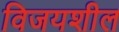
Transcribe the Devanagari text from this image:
विजयशील